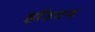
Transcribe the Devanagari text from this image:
हॉउटन